Plague in India, 1896, 1897 - Volume 2
Year: 1896
Disease focus: Plague
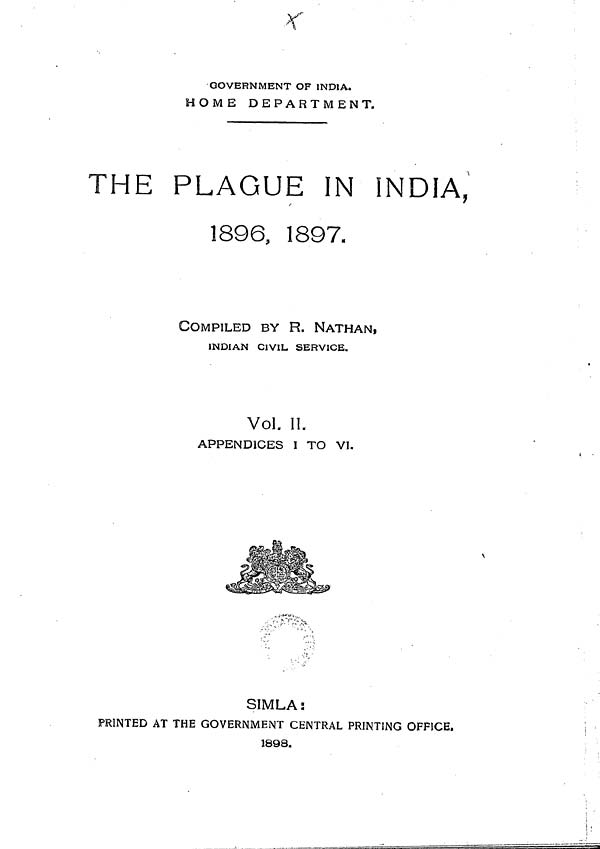
GOVERNMENT OF INDIA.
HOME DEPARTMENT.
THE PLAGUE IN INDIA,
1896, 1897.
COMPILED BY R. NATHAN,
INDIAN CIVIL SERVICE.
Vol. II.
APPENDICES I TO VI.
SIMLA:
PRINTED AT THE GOVERNMENT CENTRAL PRINTING OFFICE.
1898.